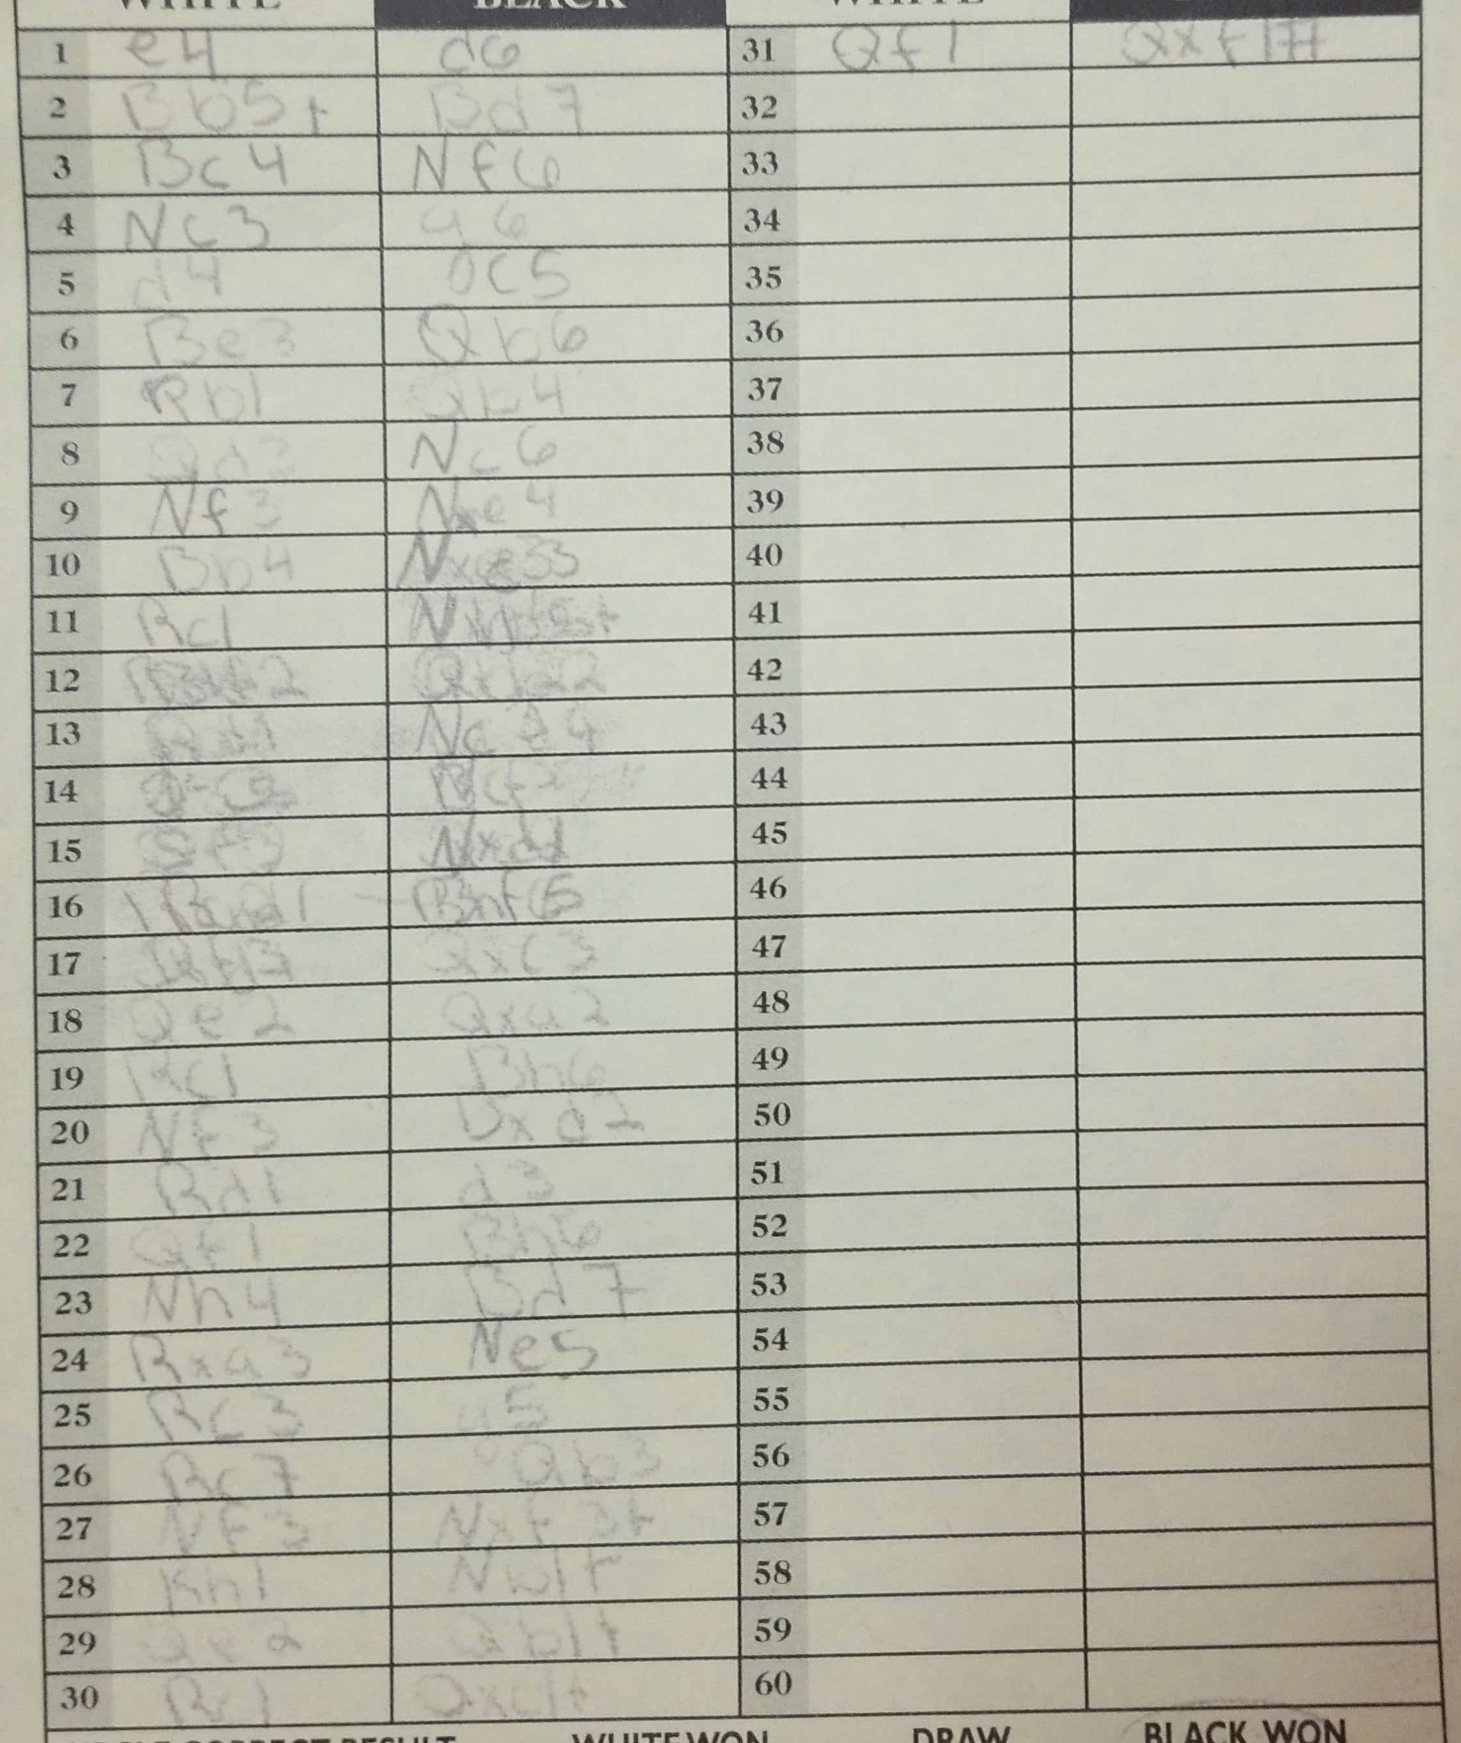
Moves: e4 d6 Bb5+ Bd7 Bc4 Nf6 Nc3 g6 d4 c5 Be3 Qb6 Rb1 Qb4 Qd3 Nc6 Nf3 Nxe4 Bb4 Nxc3 Rc1 Qxc3 Qe2 Qxa2 Rc1 Bh6 Nf3 Bxd2 Rd1 d3 Qf1 Bh6 Nh4 Bd7 Rxa3 Ne5 Rc3 a5 Rc7 Qb3 Nf3 Nxf3+ Kh1 Nb1+ Qe2 Qb1+ Rc1 Qxc1+ Qf1 Qxf1#